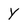
Character: Y